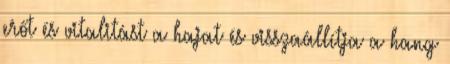
erőt és vitalitást a hajat és visszaállítja a hang